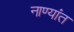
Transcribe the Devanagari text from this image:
नाण्यांत